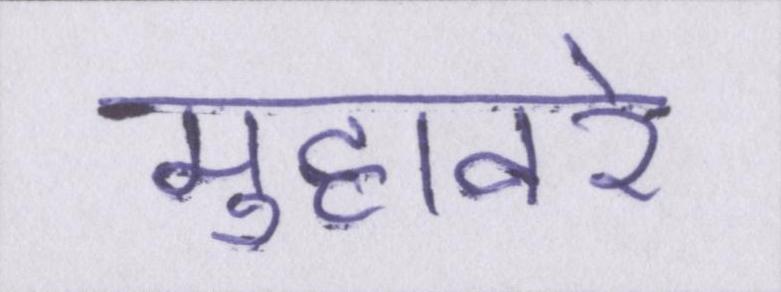
मुहावरे